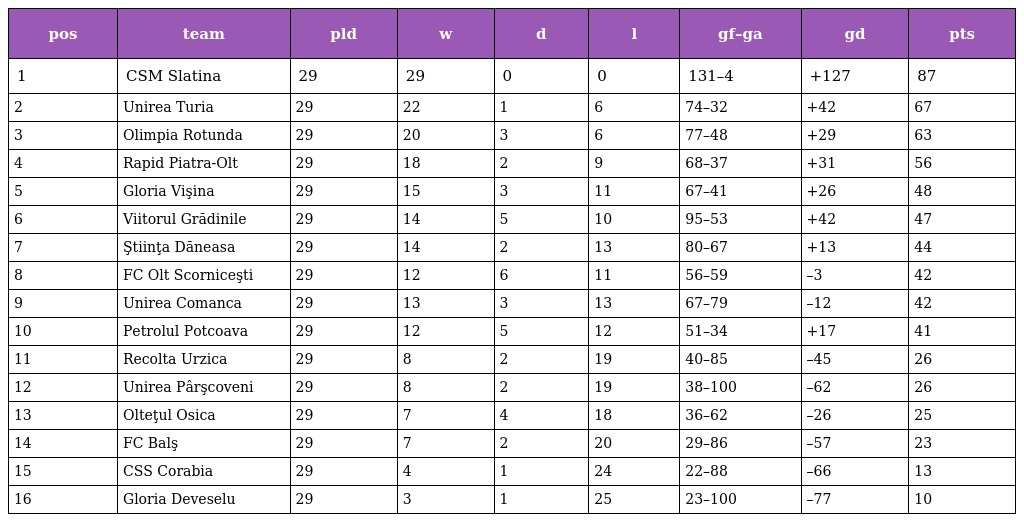
| pos | team | pld | w | d | l | gf–ga | gd | pts |
 | --- | --- | --- | --- | --- | --- | --- | --- | --- |
 | 1 | CSM Slatina | 29 | 29 | 0 | 0 | 131–4 | +127 | 87 |
 | 2 | Unirea Turia | 29 | 22 | 1 | 6 | 74–32 | +42 | 67 |
 | 3 | Olimpia Rotunda | 29 | 20 | 3 | 6 | 77–48 | +29 | 63 |
 | 4 | Rapid Piatra-Olt | 29 | 18 | 2 | 9 | 68–37 | +31 | 56 |
 | 5 | Gloria Vişina | 29 | 15 | 3 | 11 | 67–41 | +26 | 48 |
 | 6 | Viitorul Grădinile | 29 | 14 | 5 | 10 | 95–53 | +42 | 47 |
 | 7 | Ştiinţa Dăneasa | 29 | 14 | 2 | 13 | 80–67 | +13 | 44 |
 | 8 | FC Olt Scorniceşti | 29 | 12 | 6 | 11 | 56–59 | –3 | 42 |
 | 9 | Unirea Comanca | 29 | 13 | 3 | 13 | 67–79 | –12 | 42 |
 | 10 | Petrolul Potcoava | 29 | 12 | 5 | 12 | 51–34 | +17 | 41 |
 | 11 | Recolta Urzica | 29 | 8 | 2 | 19 | 40–85 | –45 | 26 |
 | 12 | Unirea Pârşcoveni | 29 | 8 | 2 | 19 | 38–100 | –62 | 26 |
 | 13 | Olteţul Osica | 29 | 7 | 4 | 18 | 36–62 | –26 | 25 |
 | 14 | FC Balş | 29 | 7 | 2 | 20 | 29–86 | –57 | 23 |
 | 15 | CSS Corabia | 29 | 4 | 1 | 24 | 22–88 | –66 | 13 |
 | 16 | Gloria Deveselu | 29 | 3 | 1 | 25 | 23–100 | –77 | 10 |